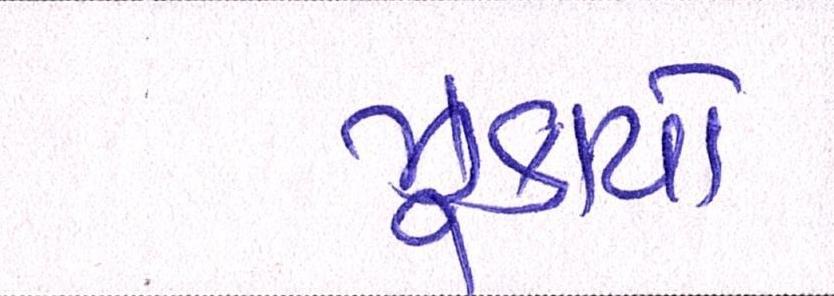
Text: ઝુકાયે